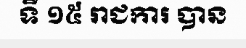
ទី ១៥ រាជការ បាន